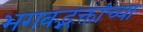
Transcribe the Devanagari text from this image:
भगवद्भक्तांच्या